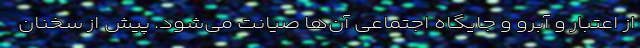
از اعتبار و آبرو و جایگاه اجتماعی آن‌ها صیانت می‌شود. پیش از سخنان